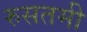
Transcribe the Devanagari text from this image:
रुसतमी